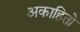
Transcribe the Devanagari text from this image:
अकाहितो